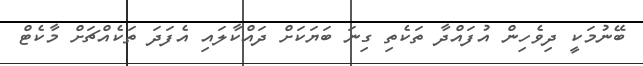
ބޭނުމަކީ ދިވެހިން އުފައްދާ ތަކެތި ގިނަ ބަޔަކަށް ދައްކާލައި އެފަދަ ތަކެއްޗަށް މާކެޓް